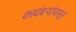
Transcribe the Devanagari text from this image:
कादंबऱ्यांपासून